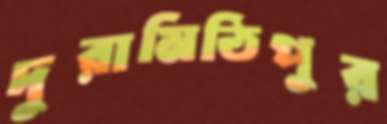
দুরামিঠিপুর